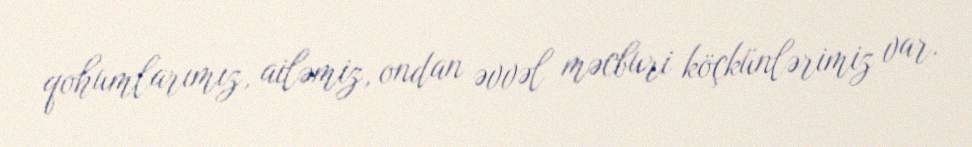
qohumlarımız, ailəmiz, ondan əvvəl məcburi köçkünlərimiz var.